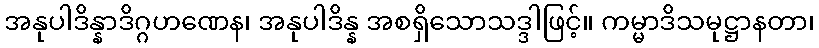
အနုပါဒိန္နာဒိဂ္ဂဟဏေန၊ အနုပါဒိန္န အစရှိသောသဒ္ဒါဖြင့်။ ကမ္မာဒိသမုဋ္ဌာနတာ၊